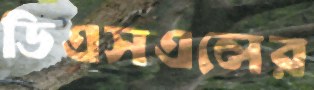
ডিএসএলের